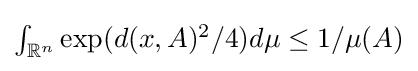
{\textstyle \int _{\mathbb {R} ^{n}}\exp(d(x,A)^{2}/4)d\mu \leq 1/\mu (A)}